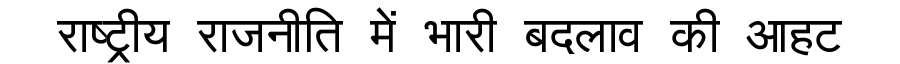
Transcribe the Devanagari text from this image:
राष्ट्रीय राजनीति में भारी बदलाव की आहट